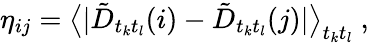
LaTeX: \eta_{ij}=\big\langle|\tilde{D}_{t_{k}t_{l}}(i)-\tilde{D}_{t_{k}t_{l}}(j)|\big\rangle_{t_{k}t_{l}}\ ,